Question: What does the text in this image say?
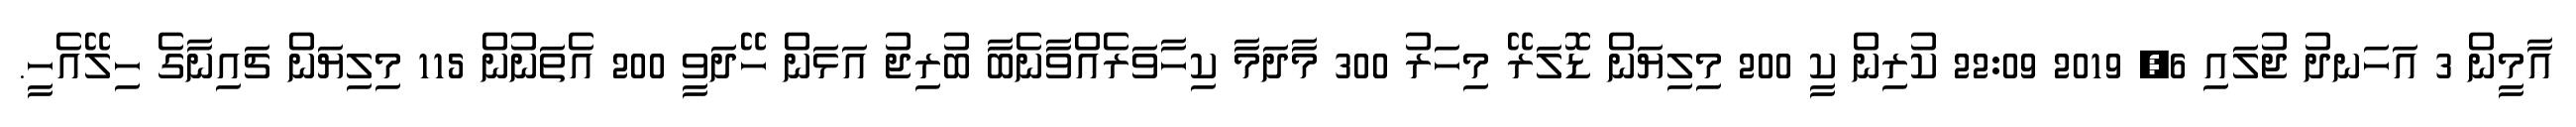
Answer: އާމީން 3 އަހަނދު ޖުލައި 6, 2019 22:09 ކުރިން ކީ 200 މިލިޔަން ޑޮލަރޭ މިހަރު 300 މާދަމާ ކިހާވަރެއްވާނެބާ ބުރިޖު އަޅަން ހޭދަވީ 200 އެތަނުން 115 މިލިޔަން ޗައިނާގެ ހިލޭއެހީ.